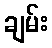
ချမ်း